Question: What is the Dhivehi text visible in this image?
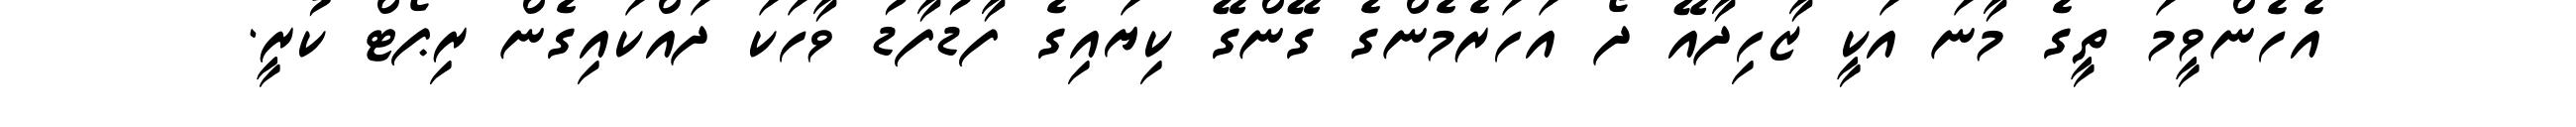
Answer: އެހެންވީމަ ތީގެ މާނަ އަކީ ޒާހިދާއޭ ދޯ އަހަރެމެންގެ ގޭންގޭ ކިޔައިގެ ފާޑުފާޑު ވާހަކަ ދައްކައިގެން ރިޕޯޓް ކުރީ.